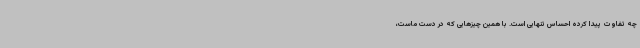
چه تفاوت پیدا کرده احساس تنهایی است. با همین چیزهایی که در دست ماست،